system: You are a helpful assistant.
user:
Analyze the provided spectrum to determine if it is a **S-type Star**.

- **Key Indicators for S-type Star:**

    - **(Overall Spectrum Shape):** The first and most obvious characteristic is the overall continuum (the "baseline" shape). It is **extremely "red-sloping,"** meaning the flux (light intensity) is very low on the left side (blue, ~4000-4500 Å) and rises steeply and continuously toward the right side (red, ~7000 Å+).

    - **(Primary):** The spectrum is defined by the presence of strong, broad molecular absorption "valleys" (bands) from **Zirconium Oxide (ZrO)**. The identification of these bands is the **primary requirement** for classifying a star as S-type.
        - **(Key Bandheads):** You must find distinct, deep "dips" where the light has been absorbed. The most critical band systems to locate are:
            - **~6474 Å** ($\gamma$-system): This is often the strongest and clearest ZrO feature, found in the red part of the spectrum.
            - **~5718 Å** & **~5551 Å** ($\beta$-system): A pair of prominent absorption features in the yellow-orange part of the spectrum.
            - **~4640 Å** ($\alpha$-system): A key absorption band system in the blue-green region of the spectrum.

    - **(Secondary Confirmation):** The classification is strengthened by finding additional absorption bands from other related heavy element oxides, which are expected to be present alongside ZrO.
        - **(Key Bandheads):**
            - **Yttrium Oxide (YO):** Look for absorption dips near **~4800 Å** and **~6100 Å**.
            - **Lanthanum Oxide (LaO):** Additional absorption features, particularly in the red-orange part of the spectrum, are also characteristic.

    - **(Line Profile):** The combination of the steep red continuum and these numerous, deep molecular bands (ZrO, YO, etc.) gives the entire spectrum a very **"chopped-up"** or **"bumpy"** appearance. Instead of a smooth curve, the spectrum looks as though large, wide chunks of light have been "carved out" of it at the specific wavelengths listed above.

Think first, call **spectral_visualization_tool** if needed to examine features in detail, then provide your final answer. Your response must adhere to the following strict rules:
1.  **Overall Structure:** Your response must follow the format `<think>...</think> <tool_call>...</tool_call> (if a tool is used) <answer>...</answer>`.
2.  **Tool Usage Constraint:** You may only make **one** tool call per turn.
3.  **Final Answer Format:** In the `<answer>` tag, your conclusion must be inside a `\boxed{}` command (e.g., `\boxed{YES}` or `\boxed{NO}`), followed by your justification.

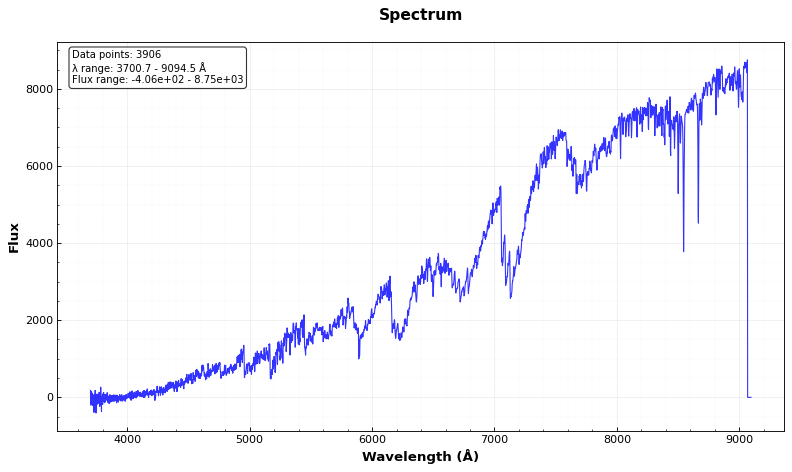
Answer: YES